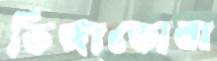
ডিঙ্গাডোবা